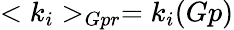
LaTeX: <k_{i}>_{Gpr}=k_{i}(Gp)